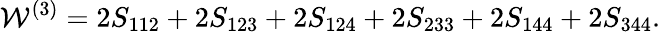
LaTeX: {\cal W}^{(3)}=2S_{112}+2S_{123}+2S_{124}+2S_{233}+2S_{144}+2S_{344}.